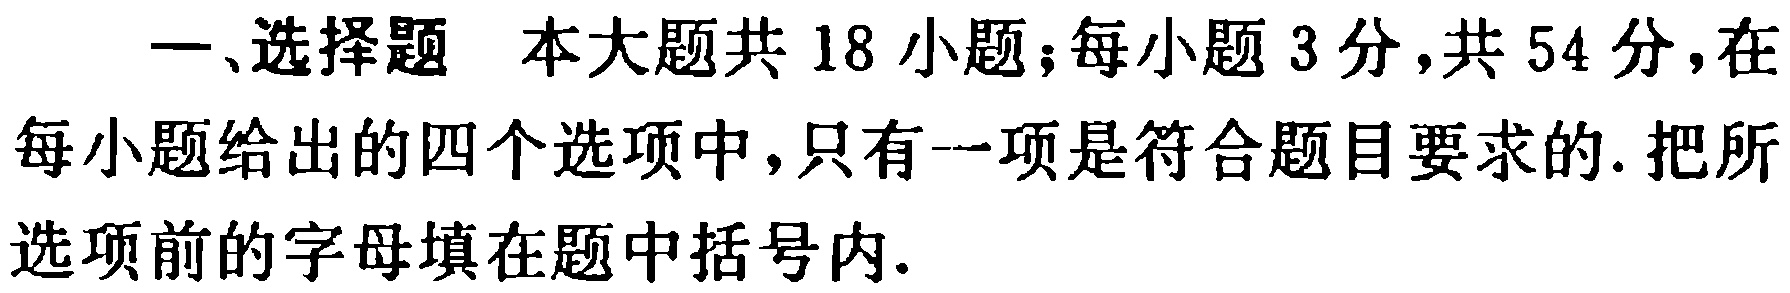
一、选择题 本大题共18小题；每小题3分，共54分，在每小题给出的四个选项中，只有一项是符合题目要求的. 把所选项前的字母填在题中括号内.